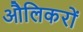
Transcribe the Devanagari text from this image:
औलिकरों